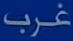
غرب